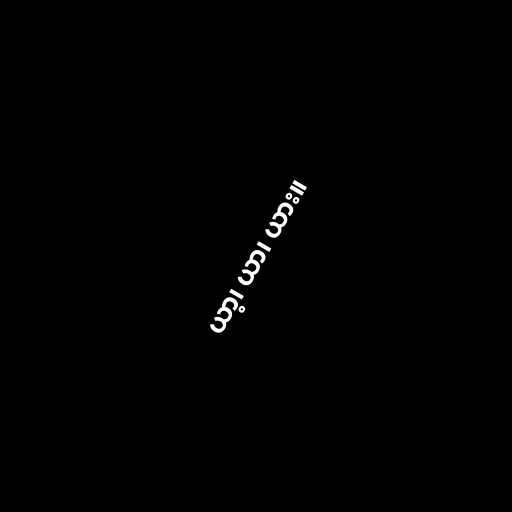
ယာ့၊ ယာ၊ ယား။